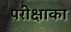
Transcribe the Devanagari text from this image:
परीक्षाका